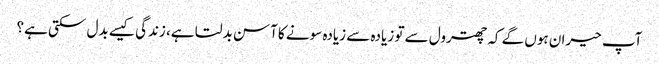
آپ حیران ہوں گے کہ چھترول سے تو زیادہ سے زیادہ سونے کا آسن بدلتا ہے، زندگی کیسے بدل سکتی ہے؟